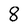
Character: 8